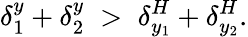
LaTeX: \delta_{1}^{y}+\delta_{2}^{y}\; >\; \delta_{y_{1}}^{H}+\delta_{y_{2}}^{H}.